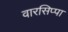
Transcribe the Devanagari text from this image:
वारसिप्पा